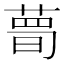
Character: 𦷹